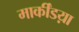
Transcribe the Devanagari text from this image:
मार्कींडय़ा